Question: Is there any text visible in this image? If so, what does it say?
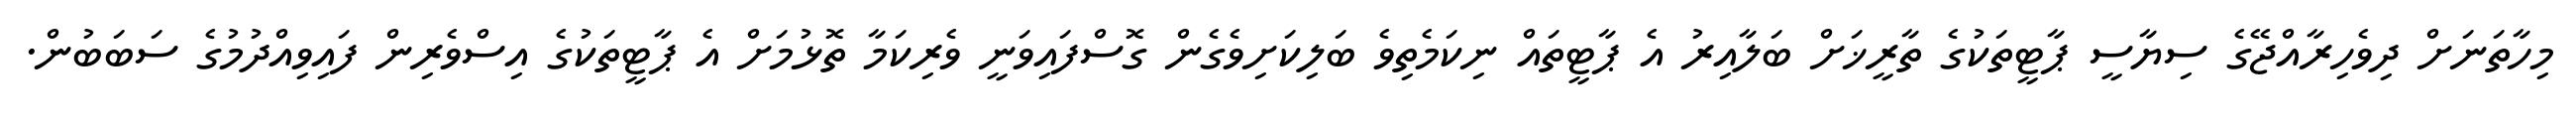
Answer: މިހާތަނަށް ދިވެހިރާއްޖޭގެ ސިޔާސީ ޕާޓީތަކުގެ ތާރީޚަށް ބަލާއިރު އެ ޕާޓީތައް ނިކަމެތިވެ ބަލިކަށިވެގެން ގޮސްފައިވަނީ ވެރިކަމާ ތޮޅުމަށް އެ ޕާޓީތަކުގެ އިސްވެރިން ފައިވިއްދުމުގެ ސަބަބުން.